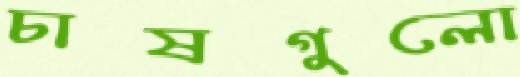
চাষগুলো